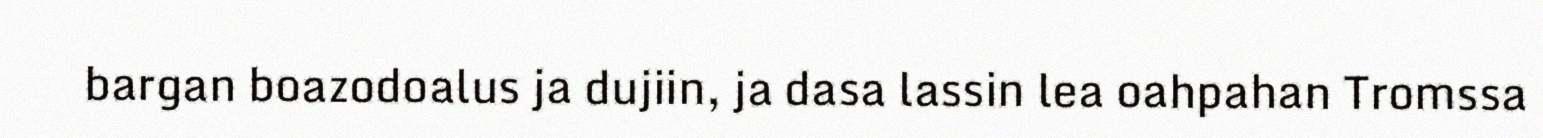
bargan boazodoalus ja dujiin, ja dasa lassin lea oahpahan Tromssa